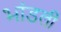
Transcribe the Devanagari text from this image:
भांडली